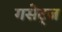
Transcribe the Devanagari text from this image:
गसेट्ज